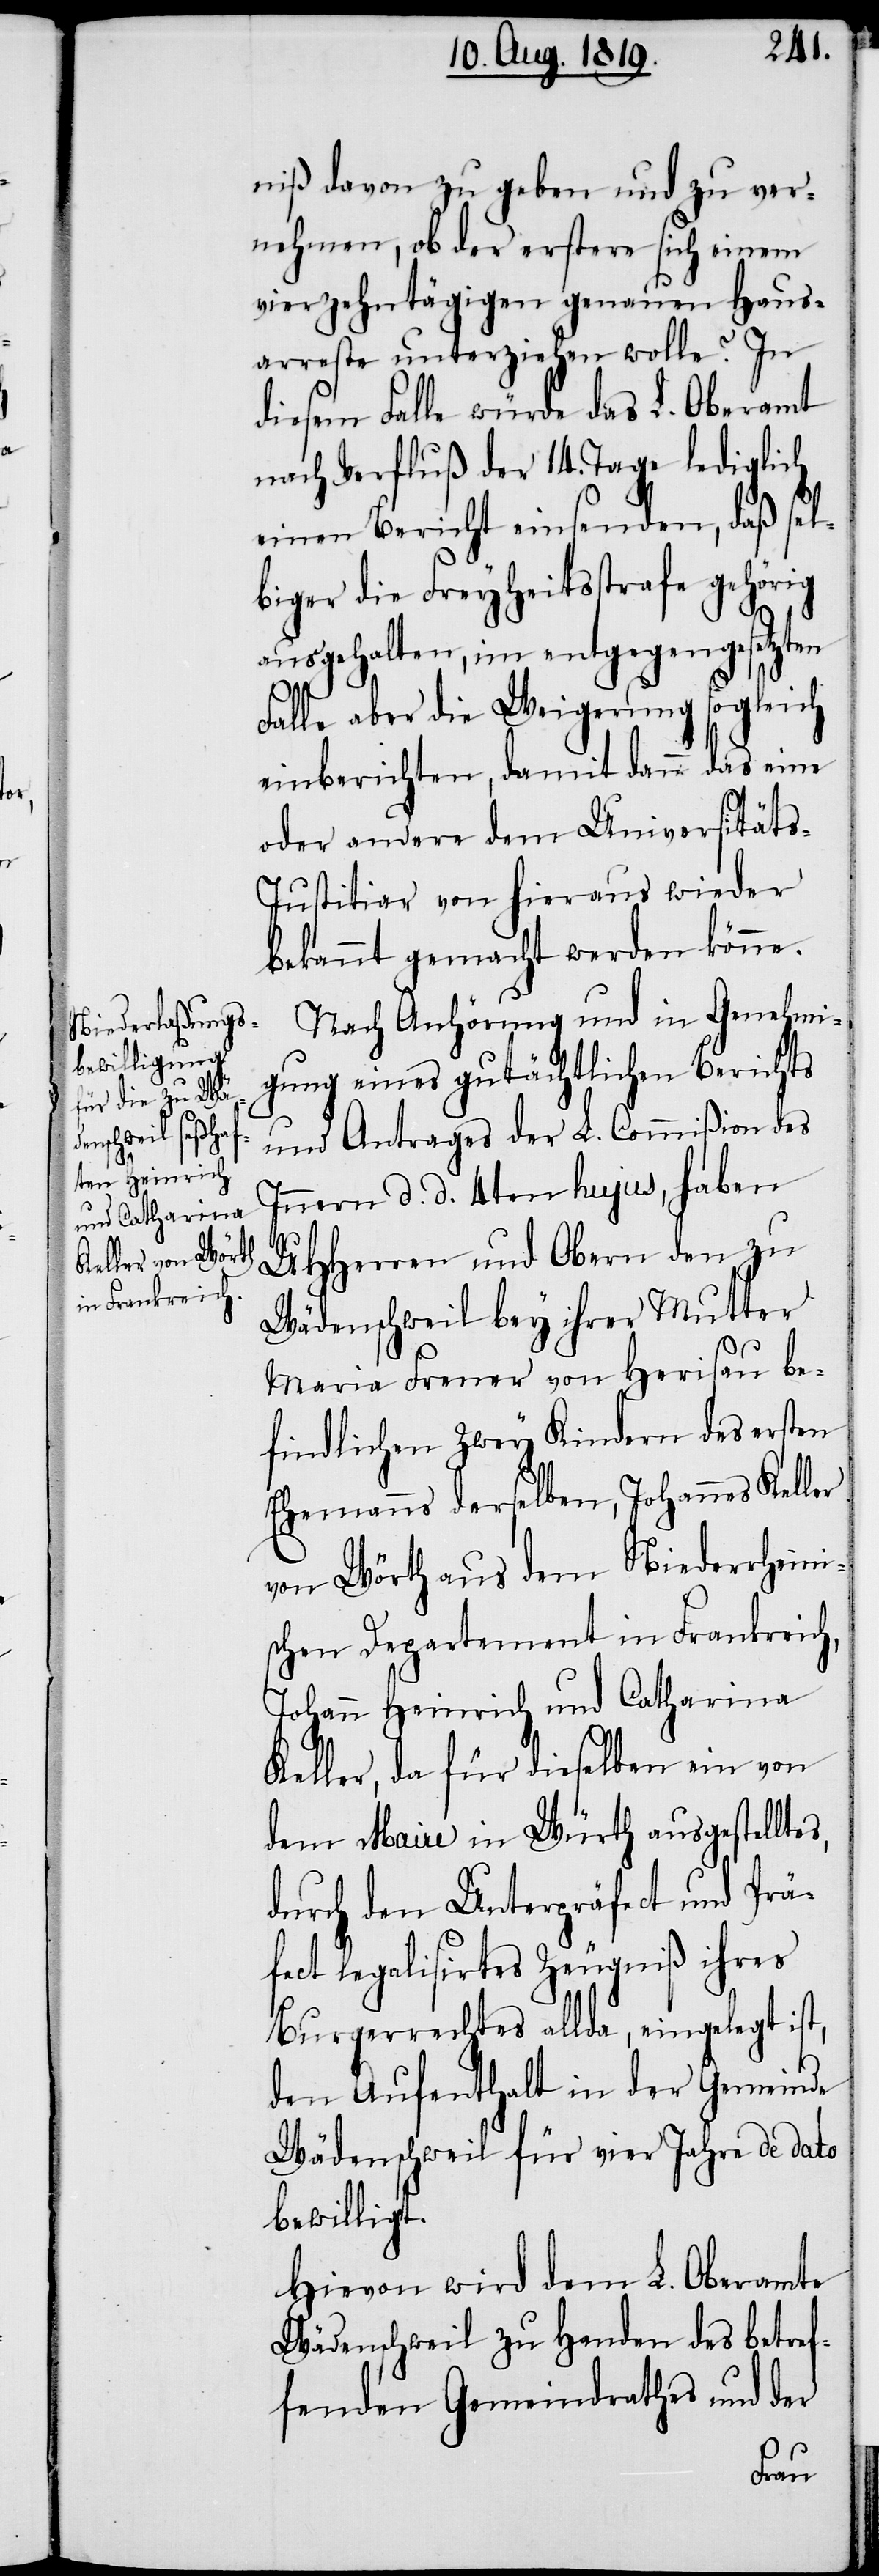
niß davon zu geben und zu ver¬
nehmen, ob der erstere sich einem
vierzehntägigen genauen Haus¬
arreste unterziehen wolle? In
diesem Falle würde das L. Oberamt
nach Verfluß der 14. Tage lediglich
einen Bericht einsenden, daß sel¬
biger die Freyheitsstrafe gehörig
ausgehalten, im entgegengesetzten
Falle aber die Weigerung sogleich
einberichten, damit dann das eine
oder andere dem Universitäts-J¬
ustitiar von hieraus wieder
bekannt gemacht werden könne.
Nach Anhörung und in Genehmi¬
gung eines gutächtlichen Berichts
und Antrages der L. Commißion des
Innern d. d. 4ten hujus, haben
UHHerren und Obern den zu
Wädenschweil bey ihrer Mutter
Maria Frener von Herisau be¬
findlichen zwey Kindern des ersten
Ehemanns derselben, Johannes Keller
von Wörth aus dem Niederrheini¬
schen Departement in Frankreich,
Johann Heinrich und Catharina
Keller, da für dieselben ein von
dem Maire in Würth ausgestelltes,
durch den Unterpräfect und Prä¬
fect legalisirtes Zeugniß ihres
Burgerrechtes allda, eingelegt ist,
den Aufenthalt in der Gemeinde
Wädenschweil für vier Jahre de dato
bewilligt.
Hievon wird dem L. Oberamte
Wädenschweil zu Handen des betref¬
fenden Gemeindrathes und der